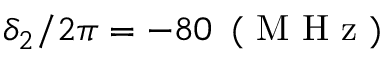
\delta _ { 2 } / 2 \pi = - 8 0 \, \mathrm { ~ ( ~ M ~ H ~ z ~ ) ~ }